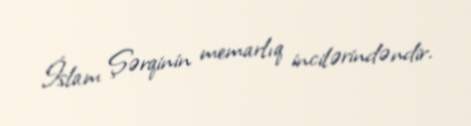
İslam Şərqinin memarlıq incilərindəndir.